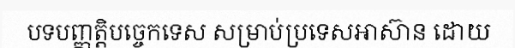
បទបញ្ញត្តិបច្ចេកទេស សម្រាប់ប្រទេសអាស៊ាន ដោយ